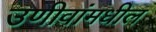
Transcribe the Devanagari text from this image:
उणीवांमधील